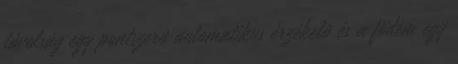
távolság egy pontszerû automatikus érzékelõ és a födém egy